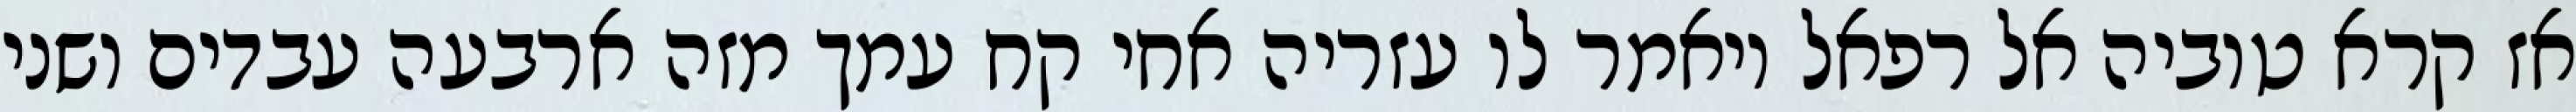
אז קרא טוביה אל רפאל ויאמר לו עזריה אחי קח עמך מזה ארבעה עבדים ושני